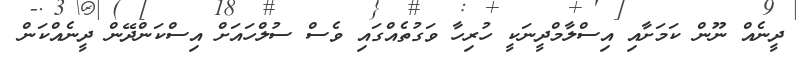
ދީނެއް ނޫން ކަމަށާއި އިސްލާމްދީނަކީ ހުރިހާ ވަގުތެއްގައި ވެސް ސުލްހައަށް އިސްކަންދޭން ދީނެއްކަން